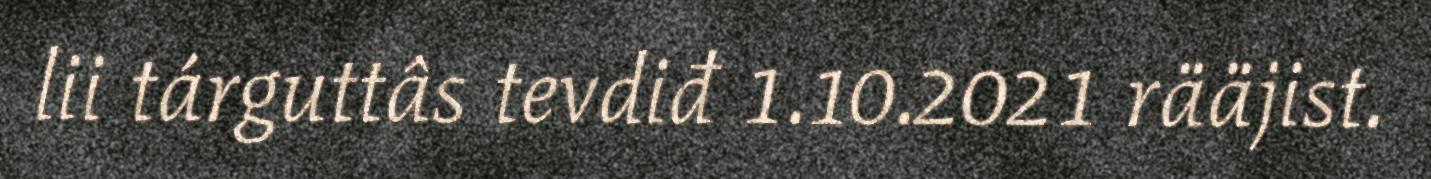
lii tárguttâs tevdiđ 1.10.2021 rääjist.